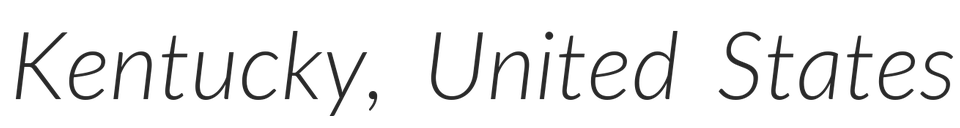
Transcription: Kentucky, United States